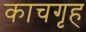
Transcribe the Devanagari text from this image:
काचगृह